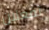
تفعلان